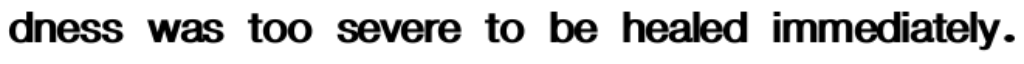
dness was too severe to be healed immediately.